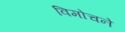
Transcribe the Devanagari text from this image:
विमोचने